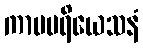
ကာမပရိယေသနံ